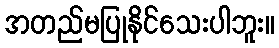
အတည်မပြုနိုင်သေးပါဘူး။